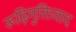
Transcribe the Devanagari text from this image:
रूढ़िमुक्तिवाद